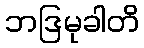
ဘဒြမုခါတိ